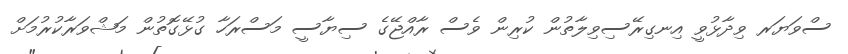
ސްވަޔަރ ވިދާޅުވީ އިނގިރޭސިވިލާތުން ކުރިން ވެސް ރާއްޖޭގެ ސިޔާސީ މަސްރަހާ ގުޅޭގޮތުން މަޝްވަރާކުރުމަށް